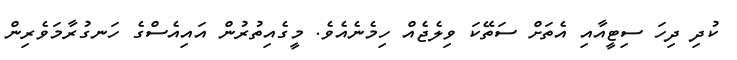
ކުދި ދިހަ ސިޓީއާއި އެތަށް ސަތޭކަ ވިލެޖެއް ހިމެނެއެވެ. މީގެއިތުރުން އައިއެސްގެ ހަނގުރާމަވެރިން